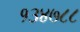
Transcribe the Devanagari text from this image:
१३४७८८